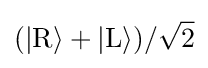
(|\mathrm {R} \rangle +|\mathrm {L} \rangle )/{\sqrt {2}}